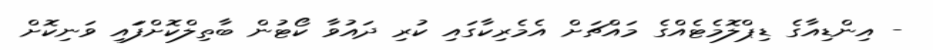
- އިންޑިއާގެ ޑިޕްލޮމެޓެއްގެ މައްޗަށް އެމެރިކާގައި ކުރި ދައުވާ ކޯޓުން ބާތިލްކޮށްފަައި ވަނިކޮށް